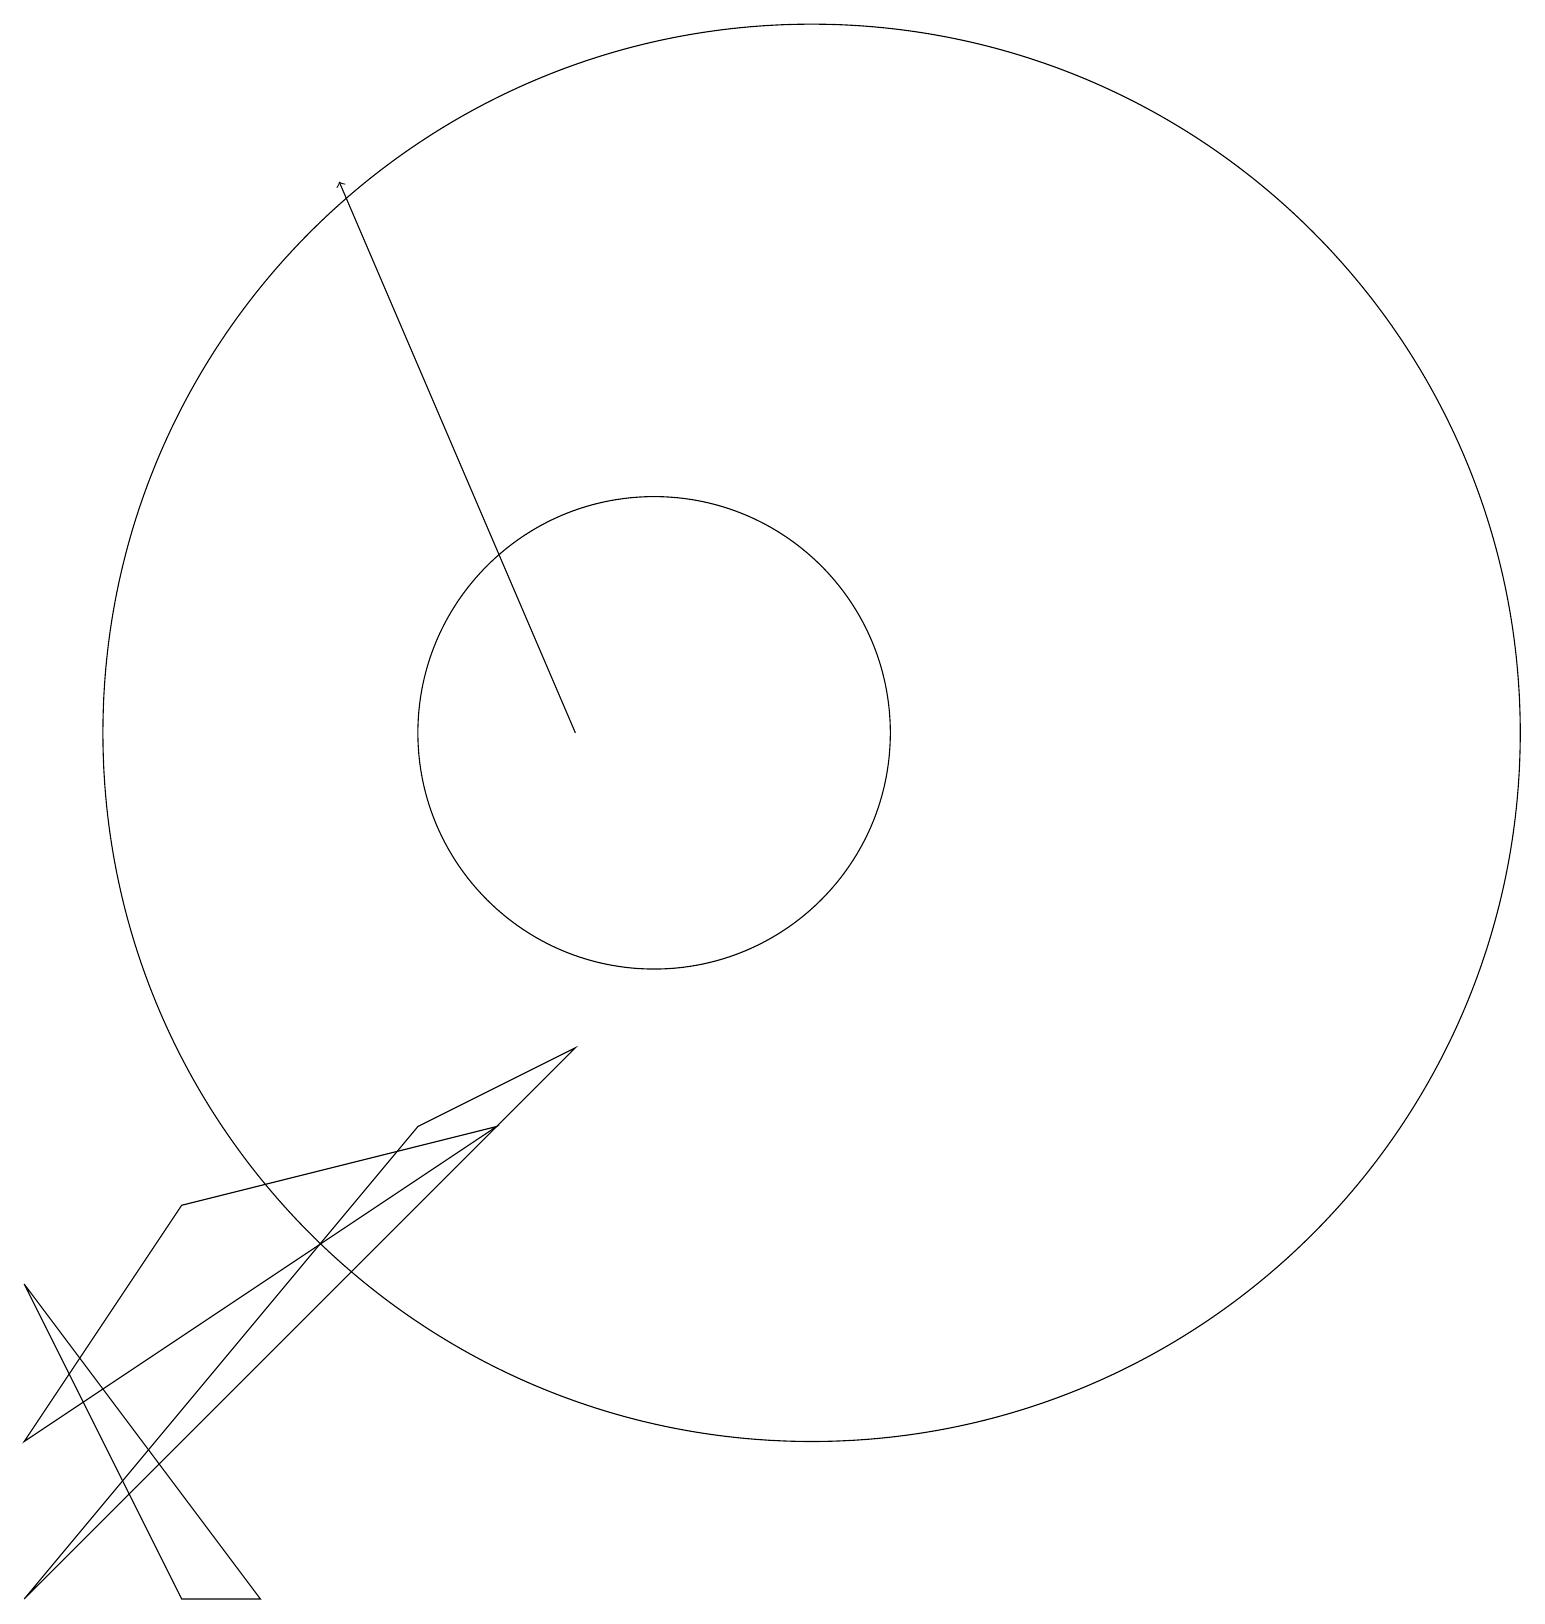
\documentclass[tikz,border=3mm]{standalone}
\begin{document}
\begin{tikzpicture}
\draw (12,11) circle (9);
\draw (7,6) -- (9,7) -- (2,0) -- cycle;
\draw (4,5) -- (2,2) -- (8,6) -- cycle;
\draw (2,4) -- (4,0) -- (5,0) -- cycle;
\draw (10,11) circle (3);
\draw[->] (9,11) -- (6,18);
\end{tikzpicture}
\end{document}